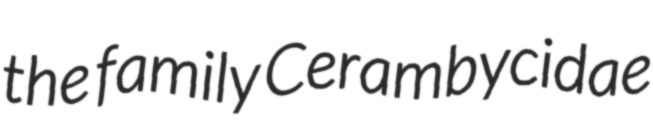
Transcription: the family Cerambycidae